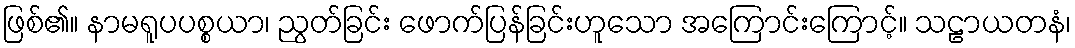
ဖြစ်၏။ နာမရူပပစ္စယာ၊ ညွတ်ခြင်း ဖောက်ပြန်ခြင်းဟူသော အကြောင်းကြောင့်။ သဠာယတနံ၊